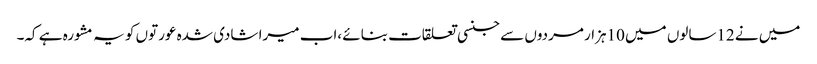
میں نے 12سالوں میں 10ہزار مردوں سے جنسی تعلقات بنائے ،اب میرا شادی شدہ عورتوں کو یہ مشورہ ہے کہ۔